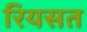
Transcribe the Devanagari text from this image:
रियसत